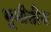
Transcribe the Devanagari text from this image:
भूमीतीय